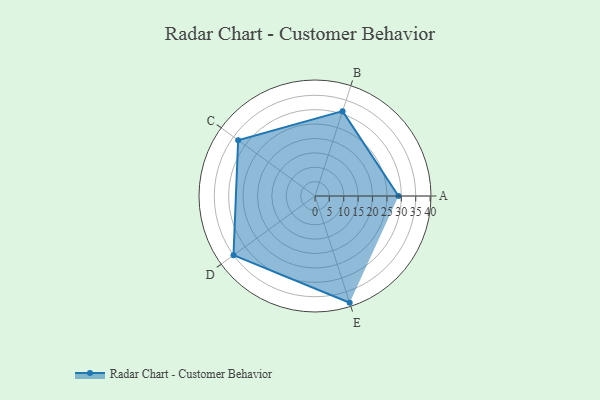
{"axis": {"x": "Skill", "y": "Score"}, "legend": ["Profile"], "data": [{"x": "A", "y": 29.0, "type": "Profile"}, {"x": "B", "y": 31.0, "type": "Profile"}, {"x": "C", "y": 33.0, "type": "Profile"}, {"x": "D", "y": 35.0, "type": "Profile"}, {"x": "E", "y": 39.0, "type": "Profile"}]}